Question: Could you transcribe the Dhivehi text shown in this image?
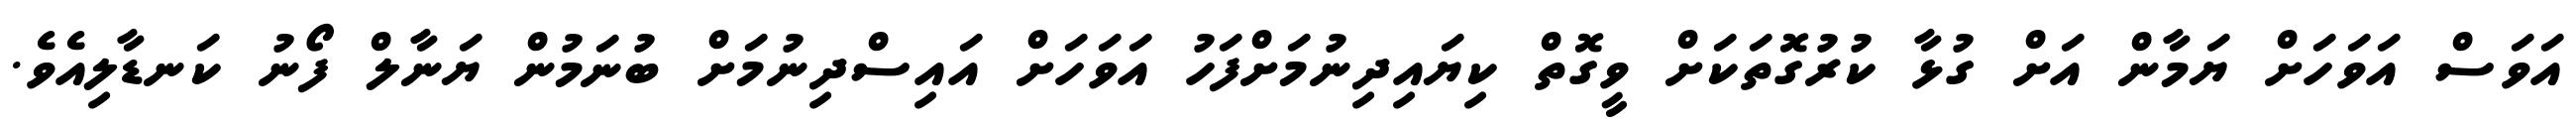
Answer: އަވަސް އަވަހަށް ޔަމާން އަށް ގުޅާ ކުރުގޮތަކަށް ވީގޮތް ކިޔައިދިނުމަށްފަހު އަވަހަށް އައިސްދިނުމަށް ބުނަމުން ޔަނާލް ފޯނު ކަނޑާލިއެވެ.